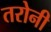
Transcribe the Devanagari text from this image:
तरोनी